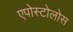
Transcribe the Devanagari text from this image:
एपोस्टोलोस